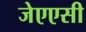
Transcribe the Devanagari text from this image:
जेएएसी